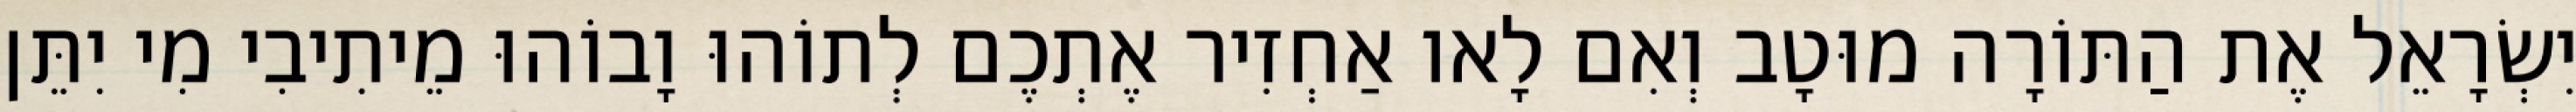
יִשְׂרָאֵל אֶת הַתּוֹרָה מוּטָב וְאִם לָאו אַחְזִיר אֶתְכֶם לְתוֹהוּ וָבוֹהוּ מֵיתִיבִי מִי יִתֵּן